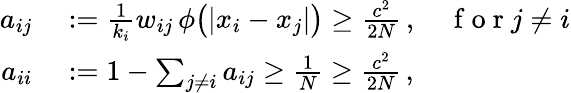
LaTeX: \begin{array}{rl}{a_{ij}}&{{}:=\frac{1}{k_{i}}w_{ij}\, \phi\big(|x_{i}-x_{j}|\big)\geq\frac{c^{2}}{2N}\, ,\quad\mathrm{~f~o~r~}j\neq i}\\ {a_{ii}}&{{}:=1-\sum_{j\neq i}a_{ij}\geq\frac{1}{N}\geq\frac{c^{2}}{2N}\, ,}\end{array}